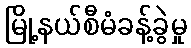
မြို့နယ်စီမံခန့်ခွဲမှု